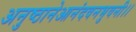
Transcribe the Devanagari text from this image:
अनुष्ठानेआनंदवनभुवनी।।